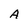
Character: A